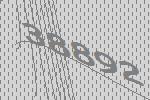
38892